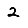
Digit: 2